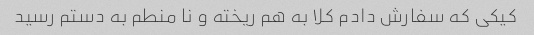
کیکی که سفارش دادم کلا به هم ریخته و نا منطم به دستم رسید